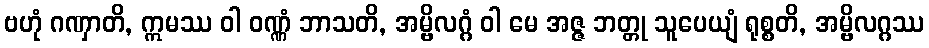
ဗဟုံ ဂဏှာတိ, ဣမဿ ဝါ ဝဏ္ဏံ ဘာသတိ, အမ္ဗိလဂ္ဂံ ဝါ မေ အဇ္ဇ ဘတ္တု သူပေယျံ ရုစ္စတိ, အမ္ဗိလဂ္ဂဿ